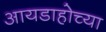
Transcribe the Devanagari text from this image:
आयडाहोच्या